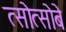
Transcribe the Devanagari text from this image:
त्सोत्सोबे